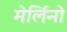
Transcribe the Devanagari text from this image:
मेर्लिनो